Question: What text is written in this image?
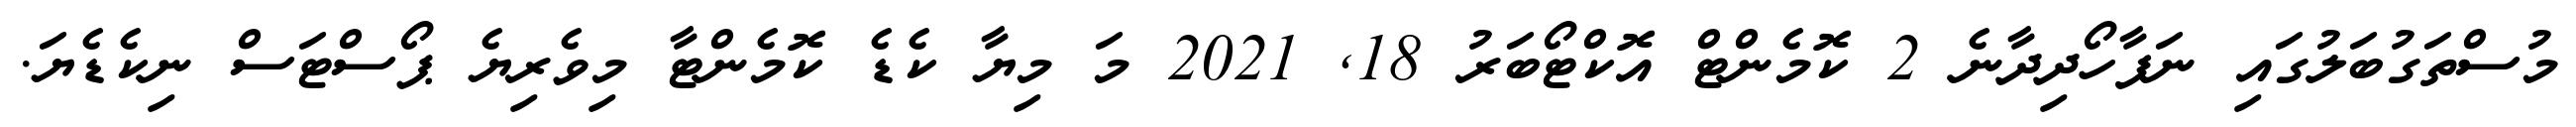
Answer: މުސްތަގުބަލުގައި ނަފާހޯދިދާނެ 2 ކޮމެންޓް އޮކްޓޯބަރު 18, 2021 މަ މިޔާ ކެޑެ ކޮމެންޓާ މިވެރިޔެ ޕޯސްޓަސް ނިކެޑެޔަ.